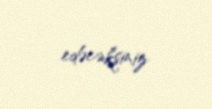
edəcəksiniz.